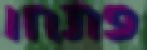
פתחו